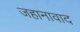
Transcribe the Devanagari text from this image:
जहानावाद